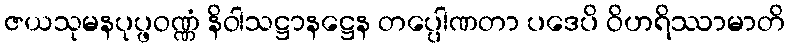
ဇယသုမနပုပ္ဖဝဏ္ဏံ နိဝါသဋ္ဌာနဋ္ဌေန တပ္ပေါဏတာ ပဒေပိ ဝိဟရိဿာမာတိ